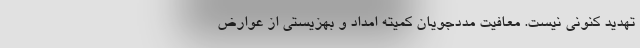
تهدید کنونی نیست. معافیت مددجویان کمیته امداد و بهزیستی از عوارض